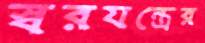
স্বরযন্ত্রের